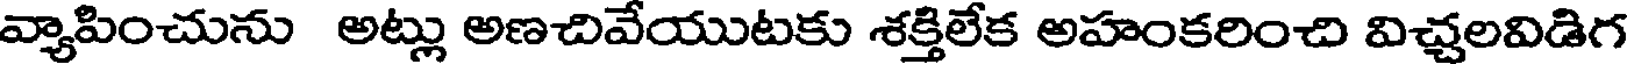
వ్యాపించును అట్లు అణచివేయుటకు శక్తిలేక అహంకరించి విచ్చలవిడిగ